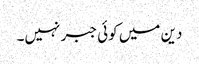
دین میں کوئی جبر نہیں۔